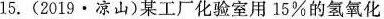
15.(2019\cdot凉山)某工厂化验室用15%的氢氧化